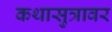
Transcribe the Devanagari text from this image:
कथासुत्रावर